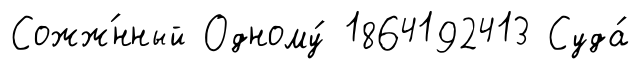
Сожж́нный Одному́ 1864192413 Суда́